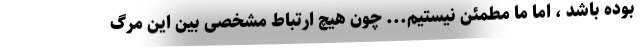
بوده باشد ، اما ما مطمئن نیستیم... چون هیچ ارتباط مشخصی بین این مرگ